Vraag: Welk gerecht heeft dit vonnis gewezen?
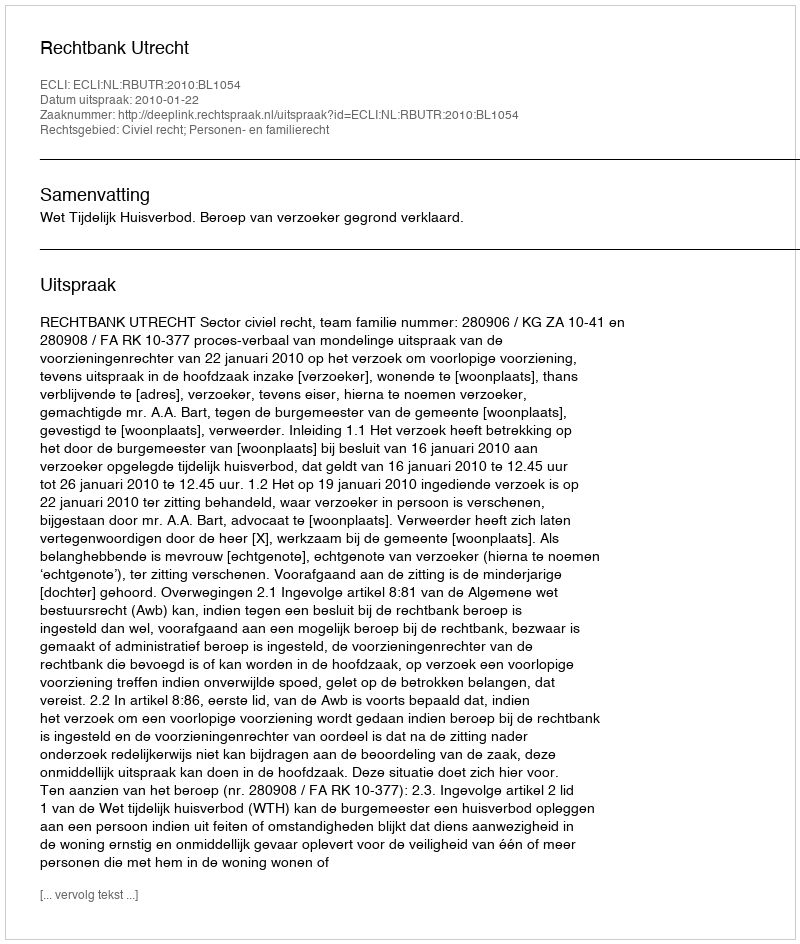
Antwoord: Rechtbank Utrecht